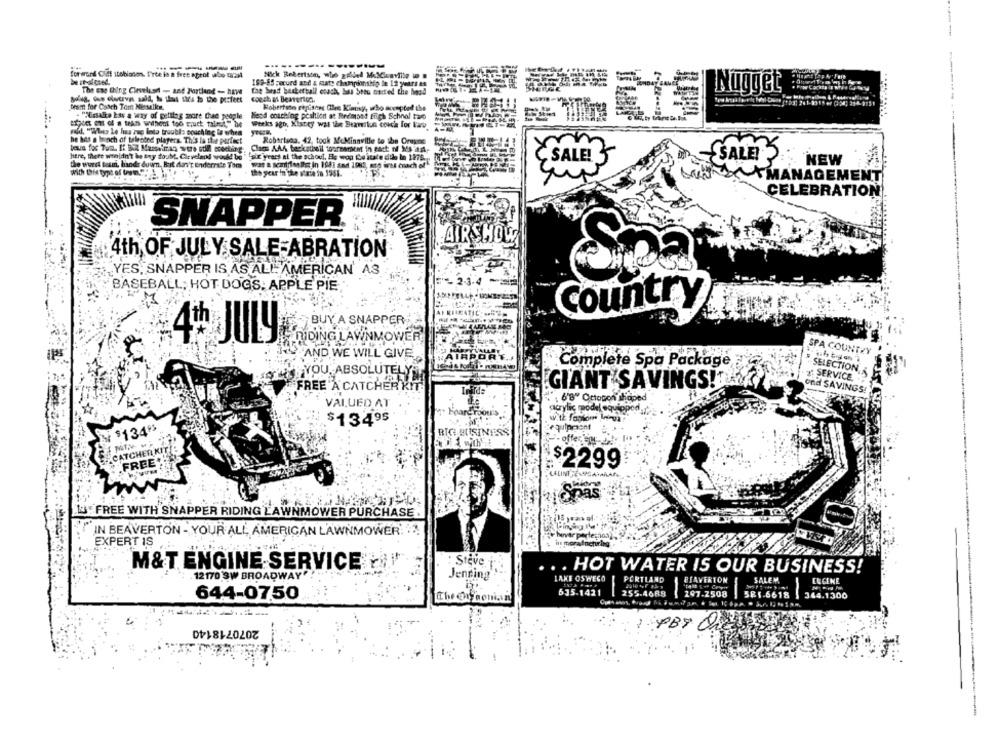
--
-----
forward Ciet itobianon. f'ree io a free aprof ubo DEM
Nick Robertson, who gpibed MilGuarmlie in s
199-85 porued and & mate championship le 12 years es
The est thing Clevelusa - and Portland -- haW
Nugget
The brad basketball coach, bus Seeu carted the hood
couch at Beaverton.
team for Coach Tom Nessalka.
Hobertune repisces Gle Kimmy, who accepted the
"Essalte bas a way of getting shore Chee people
Neod coaching pcaltion at Redimost frigh School two
Weeks ago, Xiscity wal the Beaverlue couch for bau
wald. "Whes Le has muc Into trouble couching lo when
he has a bunch of talented players. This la the perfect
Robertsca. 42, took MeMinnville to the Oragne
m
Here, there wouldn't be any doubt. Cleveland would be " six years al the schoul. El woo Lo icale dile in 1978.
the wurst toum, hands duum, But don't Einderrate Tom
was a scalfimligt in 1981 and 1083, ett iss coach of
Č SALE!
SALES
NEW
With this type of two.""
the year in the s'nie in 1981.
*MANAGEMENT
CELEBRATION
SNAPPER
AIR SHOW
4th OF JULY SALE-ABRATION
YES, SNAPPER IS AS ALL AMERICAN A3
Spa
23.4
BASEBALL; HOT DOGS: APPLE PIE
Country
BUY A SNAPPER
4* JULY
RIDING LAWNMOWER
AND WE WILL GIVE
SPA COUNTRY
Complete Spa Package
SELECTION
ISTHATYOU, ABSOLUTELY
2:SERVICE.
GIANT SAVINGS!
FREE A CATCHER KIT
end SAVINGS!
: 6'8" Cttopon shaped
VALUED AT
cacrylic model equipped
$13495
$1348
equipment
RICI BUSINESS
- offered
CATCHER KITE
.FREE"
$2299
¡Spas
L: FREE WITH SNAPPER RIDING LAWNMOWER PURCHASE .
IN BEAVERTON - YOUR ALL, AMERICAN LAWNMOWER! !!
EXPERT IS
Steve
M&T ENGINE SERVICE
HOT WATER IS OUR BUSINESS!
12170 3W BROADWAY'
Jenring
LAKE OSWEGO
PORTLAND
BEAVERTON
SALEM
EUGENE
635-1421
255-4689
197.2508
381-6618
344.1300
644-07,50
The @ryconian
2070718140
1 PBY the